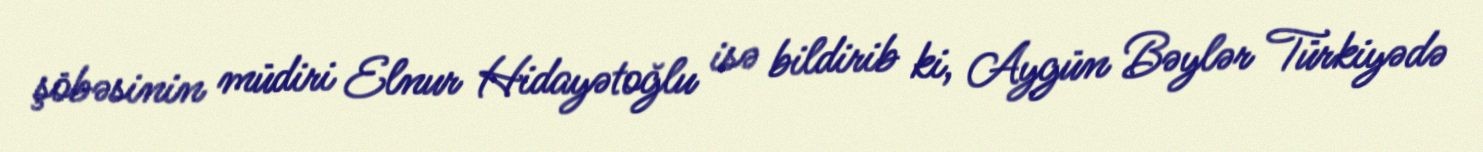
şöbəsinin müdiri Elnur Hidayətoğlu isə bildirib ki, Aygün Bəylər Türkiyədə